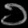
Digit: ၁